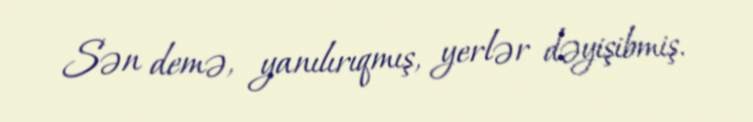
Sən demə, yanılırıqmış, yerlər dəyişibmiş.